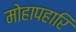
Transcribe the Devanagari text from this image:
मोहापहारि